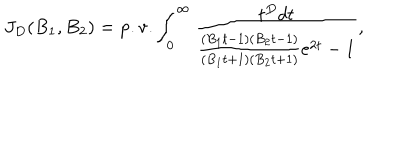
LaTeX: J _ { D } ( B _ { 1 } , B _ { 2 } ) = \mathrm { p . v . } \int _ { 0 } ^ { \infty } \frac { t ^ { D } d t } { \frac { ( B _ { 1 } t - 1 ) ( B _ { 2 } t - 1 ) } { ( B _ { 1 } t + 1 ) ( B _ { 2 } t + 1 ) } e ^ { 2 t } - 1 } ,